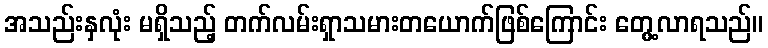
အသည်းနှလုံး မရှိသည့် တက်လမ်းရှာသမားတယောက်ဖြစ်ကြောင်း တွေ့လာရသည်။